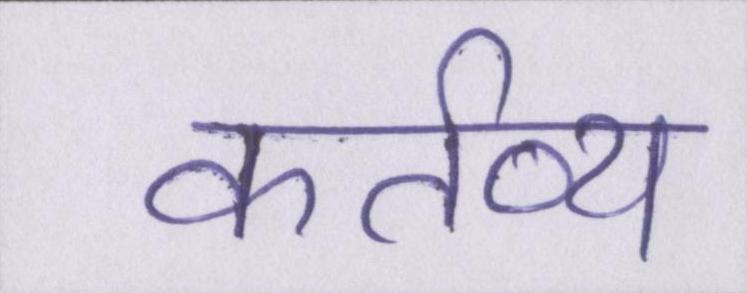
कर्तव्य